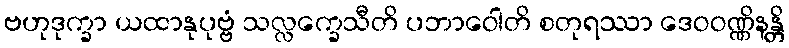
ဗဟုဒုက္ခာ ယထာနုပုဗ္ဗံ သလ္လက္ခေသီတိ ပဘာဝေါတိ စတုရဿာ ဒေဝဝဏ္ဏိနန္တိ